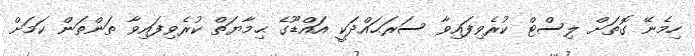
ހިމެނޭ ގޮތަށް ލިސްޓް ކުރެވިފައިވާ ސަރަޙައްދަކީ އައްޑޫގެ ޙިމާޔަތް ކުރެވިފައިވާ ތަންތަން ކަމަށް